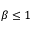
\beta \leq 1